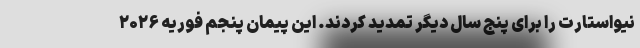
نیواستارت را برای پنج سال دیگر تمدید کردند. این پیمان پنجم فوریه ۲۰۲۶